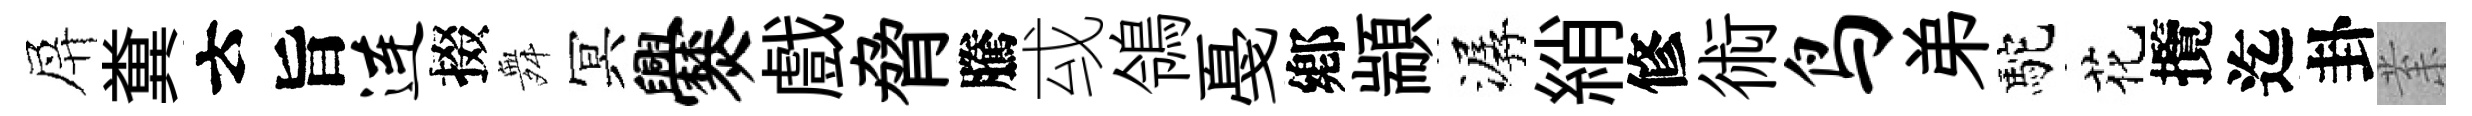
屏糞云旨连掇舞冥爨戲脅騰㦯鴒戞鄕顓潺綃修術鸟弟駝花攬迄卦𭪙